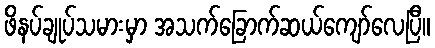
ဖိနပ်ချုပ်သမားမှာ အသက်ခြောက်ဆယ်ကျော်လေပြီ။